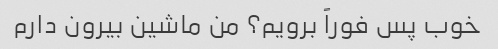
خوب پس فوراً برویم؟ من ماشین بیرون دارم